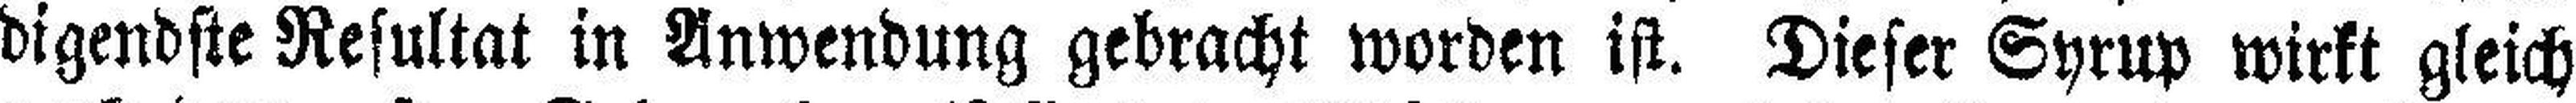
digendste Resultat in Anwendung gebracht worden ist. Dieser Syrup wirkt gleich